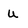
Character: U